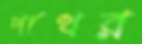
পাথর